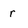
Character: r